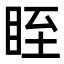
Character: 眰